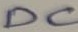
Text: DC